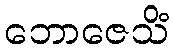
ဘောဇေသိံ